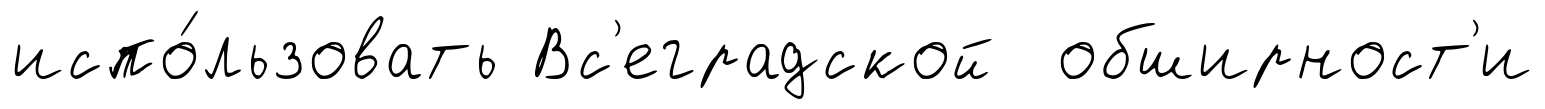
испо́льзовать Вс'еградской обширност'и